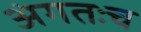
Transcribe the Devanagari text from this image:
अंगतःच